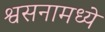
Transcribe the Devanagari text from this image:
श्वसनामध्ये